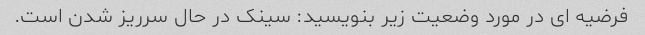
فرضیه ای در مورد وضعیت زیر بنویسید: سینک در حال سرریز شدن است.